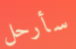
سأرحل